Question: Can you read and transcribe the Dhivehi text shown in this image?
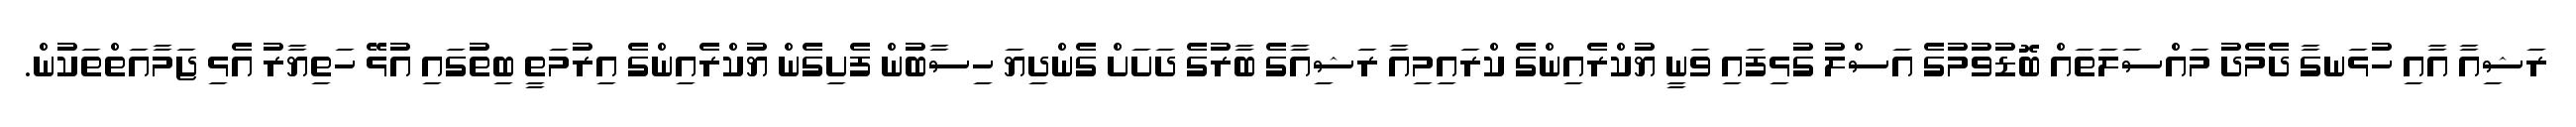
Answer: ރަޝިއާ އާއި ހުޅަނގާ ދެމެދު މައްސަލަތައް ބޮޑުވުމުގެ އަސްލު ގުޅިފައި ވަނީ ޔުކްރެއިންގެ ކްރައިމިއާ ރަޝިއާގެ ބާރުގެ ދަށަށް ގެންދިޔަ ހިސާބުން ފެށިގެން ޔުކްރެއިންގެ އިރުމަތީ ބިތުގައި އުޅޭ ހަތިޔާރު އެޅި ޖަމާއަތްތަކުން.